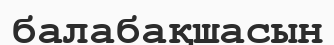
балабақшасын